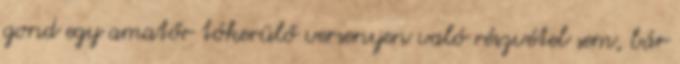
gond egy amatőr tókerülő versenyen való részvétel sem, bár